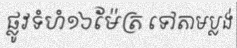
ផ្លូវទំហំ១៦ម៉ែត្រ ទៅតាមប្លង់